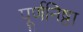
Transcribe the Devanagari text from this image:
पूर्णनिष्ठा